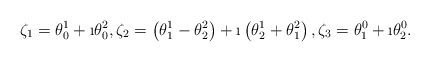
\begin{align*}\zeta_1=\theta^1_0+\i\theta^2_0,\zeta_2=\left(\theta^1_1-\theta^2_2\right)+\i\left(\theta^1_2+\theta^2_1\right),\zeta_3=\theta^0_1+\i\theta^0_2.\end{align*}